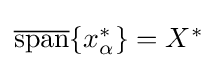
{\textstyle {\overline {\text{span}}}\{x_{\alpha }^{*}\}=X^{*}}